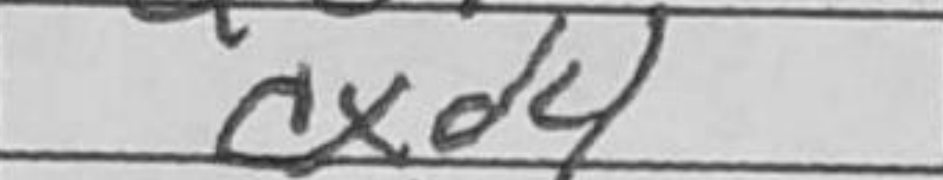
Transcription: cxd4